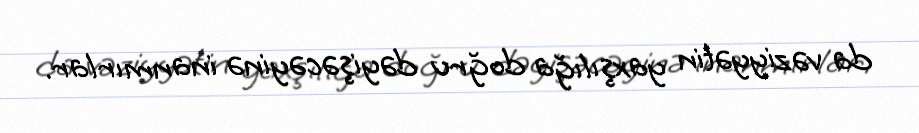
da vəziyyətin yaxşılığa doğru dəyişəcəyinə inanmırlar.